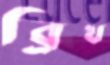
ব্রিখ